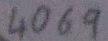
Text: 4069